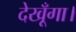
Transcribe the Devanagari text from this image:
देखूँगा।